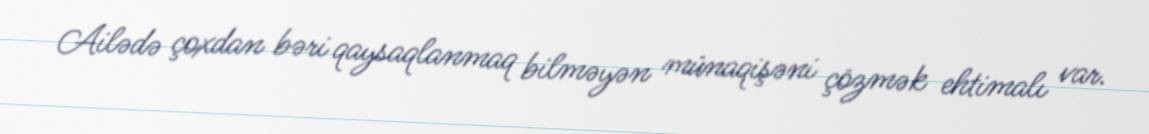
Ailədə çoxdan bəri qaysaqlanmaq bilməyən münaqişəni çözmək ehtimalı var.